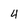
Character: 4